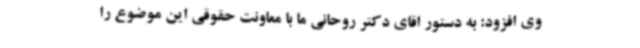
وی افزود: به دستور اقای دکتر روحانی ما با معاونت حقوقی این موضوع را